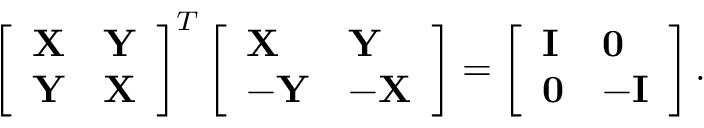
\left[ \begin{array} { l l } { \mathbf { X } } & { \mathbf { Y } } \\ { \mathbf { Y } } & { \mathbf { X } } \end{array} \right] ^ { T } \left[ \begin{array} { l l } { \mathbf { X } } & { \mathbf { Y } } \\ { \mathbf { - Y } } & { \mathbf { - X } } \end{array} \right] = \left[ \begin{array} { l l } { \mathbf { I } } & { \mathbf { 0 } } \\ { \mathbf { 0 } } & { \mathbf { - I } } \end{array} \right] .